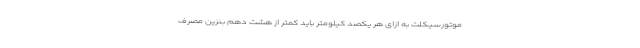
موتورسیکلت به ازای هر یکصد کیلومتر باید کمتر از هشت دهم بنزین مصرف